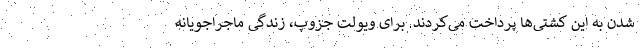
شدن به این کشتی‌ها پرداخت می‌کردند. برای ویولت جزوپ، زندگی ماجراجویانه